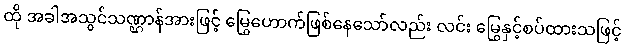
ထို အခါအသွင်သဏ္ဌာန်အားဖြင့် မြွေဟောက်ဖြစ်နေသော်လည်း လင်း မြွေနှင့်စပ်ထားသဖြင့်